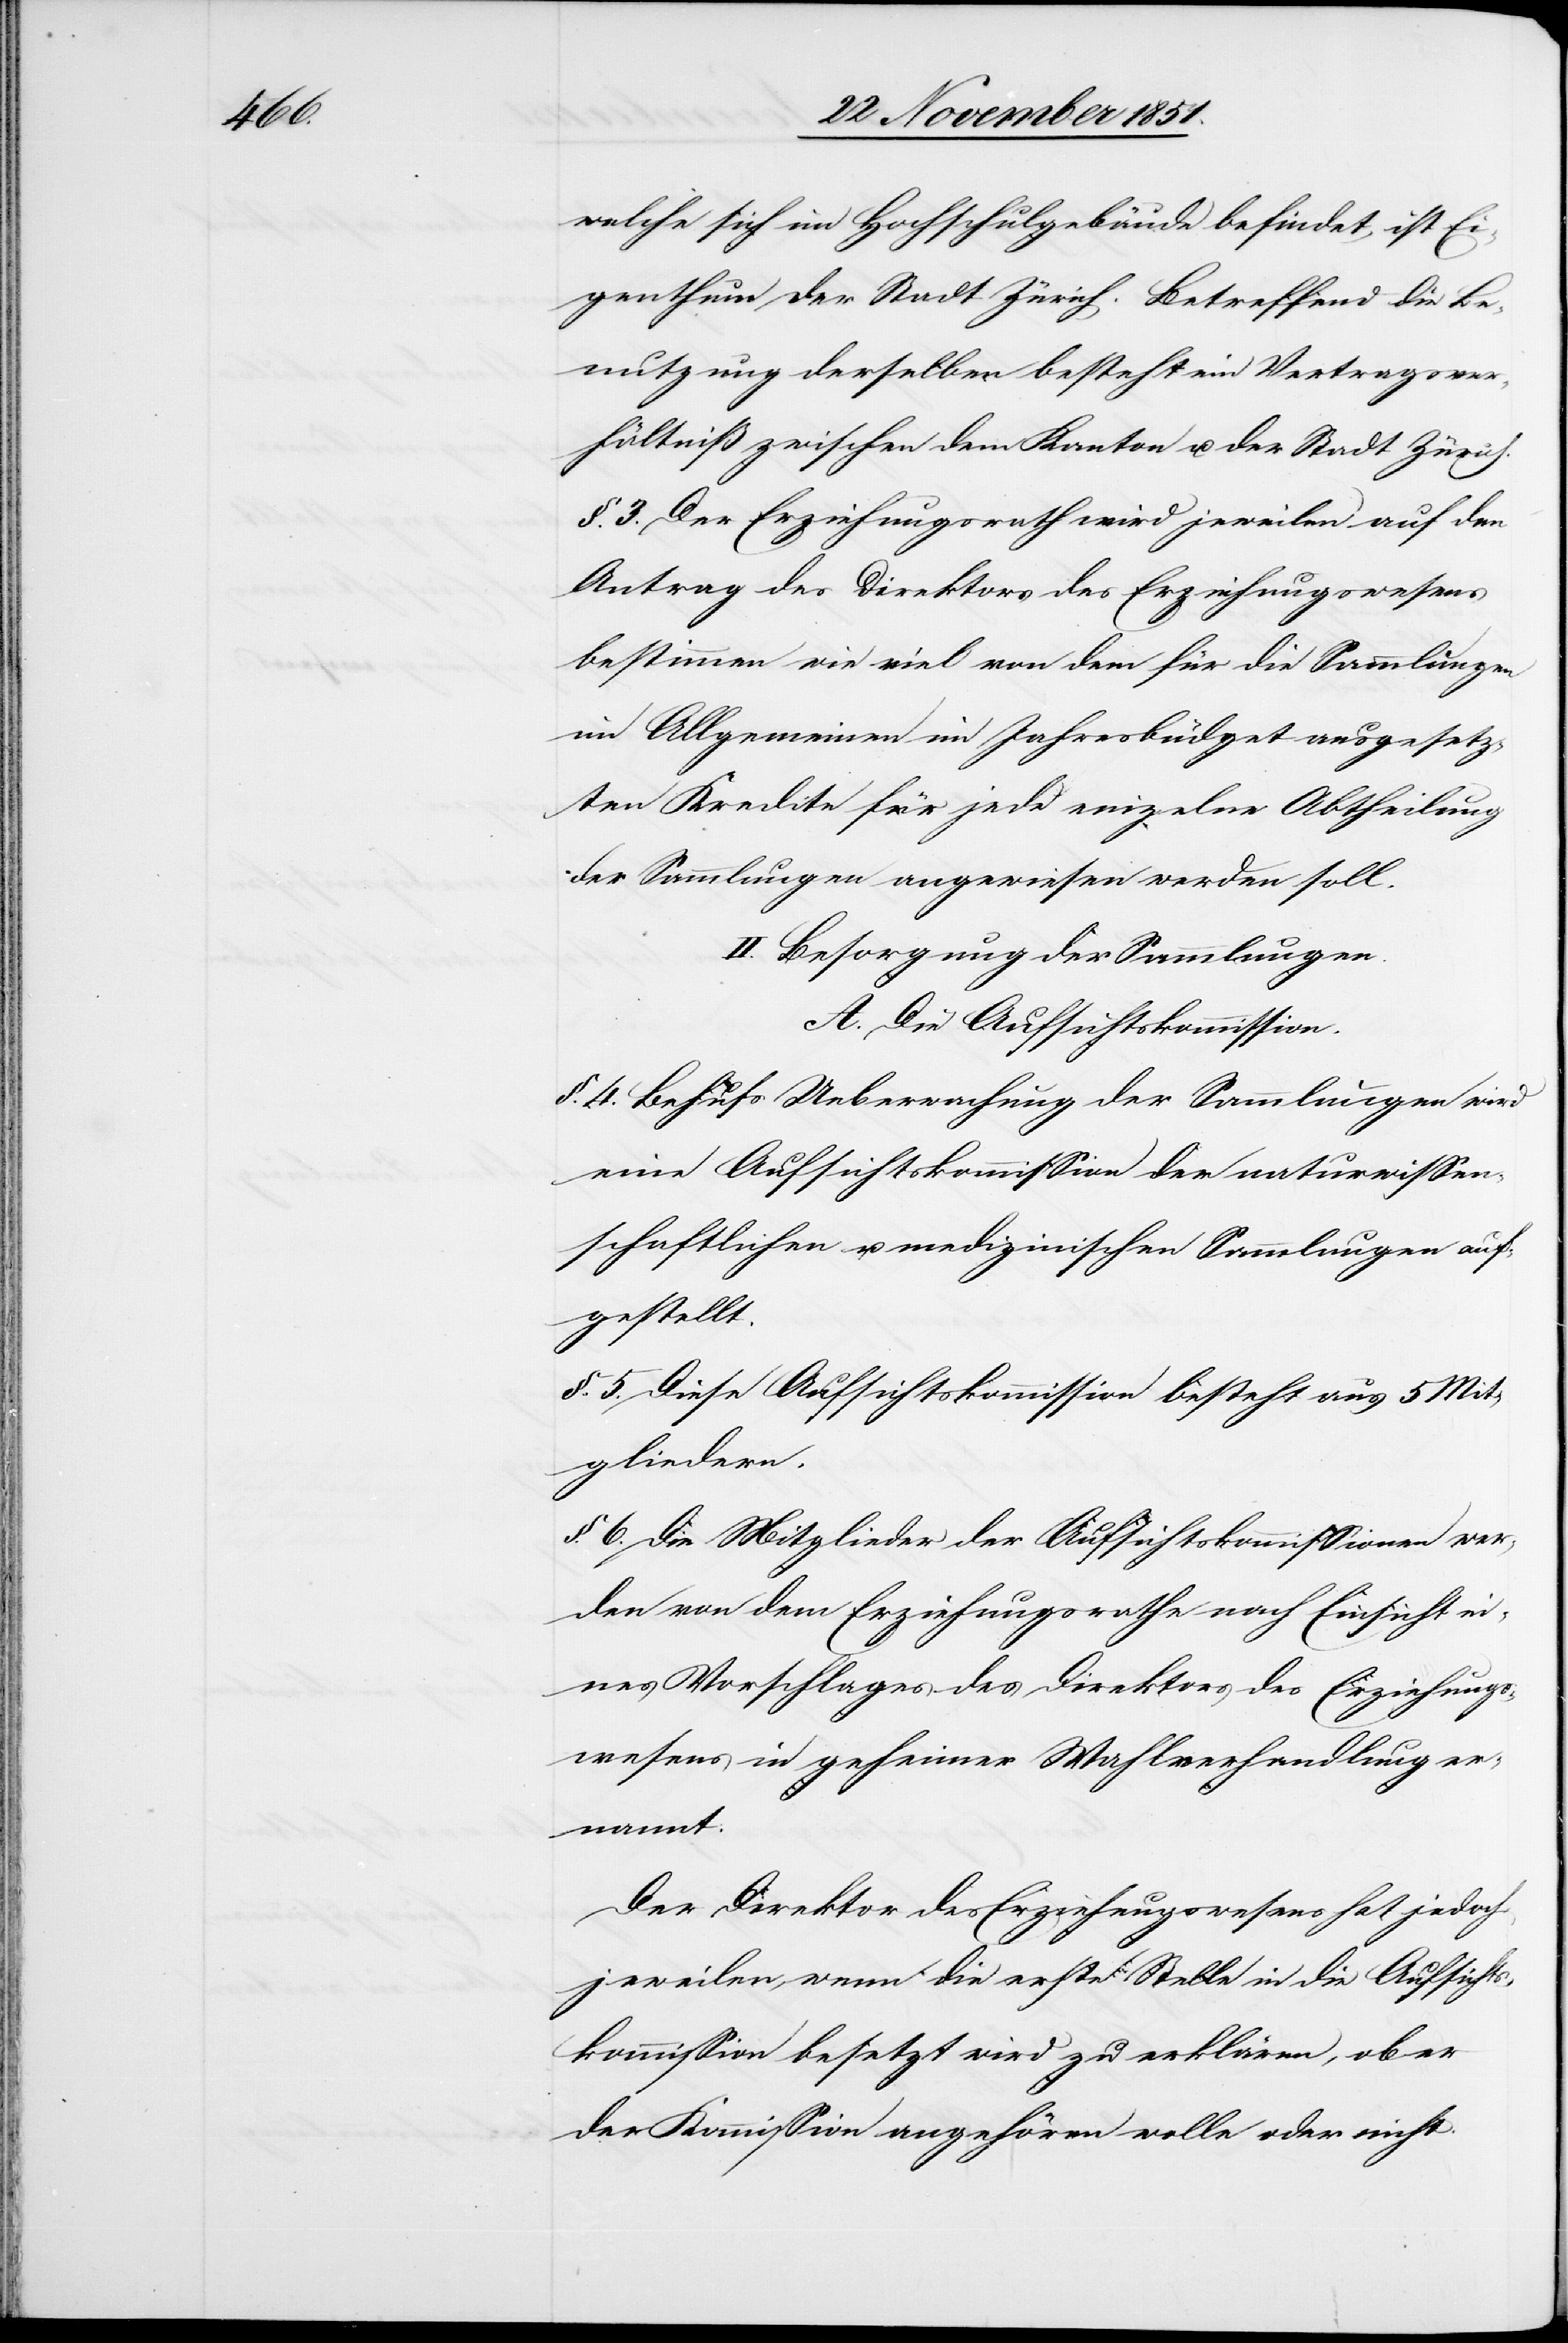
welche sich im Hochschulgebäude befindet, ist Ei¬
genthum der Stadt Zürich. Betreffend die Be¬
nutzung derselben besteht ein Vertragsver¬
hältniß zwischen dem Kanton u. der Stadt Zürich.
§. 3. Der Erziehungsrath wird jeweilen auf den
Antrag des Direktors des Erziehungswesens
bestimmen wie viel von dem für die Sammlungen
im Allgemeinen im Jahresbüdget ausgesetz¬
ten Kredite für jede einzelne Abtheilung
der Sammlungen angewiesen werden soll.
II. Besorgung der Sammlungen.
A. Die Aufsichtskommission.
§. 4. Behufs Ueberwachung der Sammlungen wird
eine Aufsichtskommission der naturwissen¬
schaftlichen u. medizinischen Sammlungen auf¬
gestellt.
§. 5. Diese Aufsichtskommission besteht aus 5 Mit¬
gliedern.
§. 6. Die Mitglieder der Aufsichtskommissionen wer¬
den von dem Erziehungsrathe nach Einsicht ei¬
nes Vorschlages des Direktors des Erziehungs¬
wesens in geheimer Wahlverhandlung er¬
nannt.
Der Direktor des Erziehungswesens hat jedoch
jeweilen, wenn die erste Stelle in die Aufsichts¬
kommission besetzt wird zu erklären, ob er
der Kommission angehören wolle oder nicht.